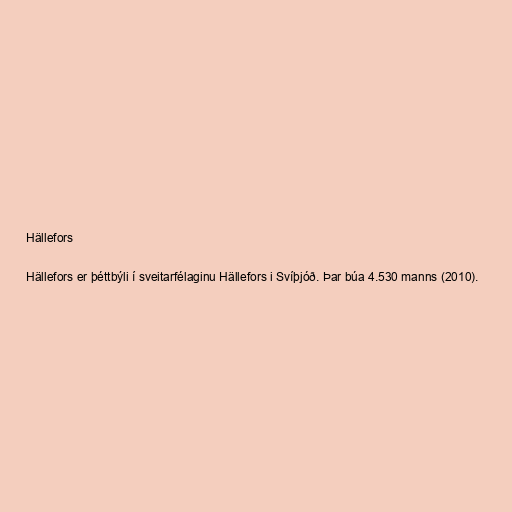
Hällefors

Hällefors er þéttbýli í sveitarfélaginu Hällefors i Svíþjóð. Þar búa 4.530 manns (2010).